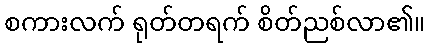
စကားလက် ရုတ်တရက် စိတ်ညစ်လာ၏။